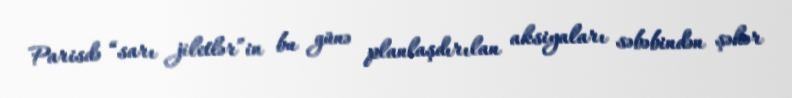
Parisdə “sarı jiletlər”in bu günə planlaşdırılan aksiyaları səbəbindən şəhər